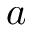
a